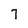
Character: 7